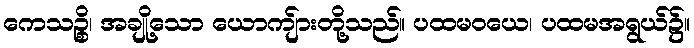
ကေသဉ္စိ၊ အချို့သော ယောကျ်ားတို့သည်။ ပထမဝယေ၊ ပထမအရွယ်၌။